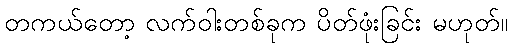
တကယ်တော့ လက်ဝါးတစ်ခုက ပိတ်ဖုံးခြင်း မဟုတ်။